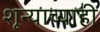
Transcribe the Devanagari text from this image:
शून्याच्याही